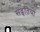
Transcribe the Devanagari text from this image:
सद्पतियों